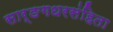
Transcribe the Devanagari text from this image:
सार्ङगधरसंहिता